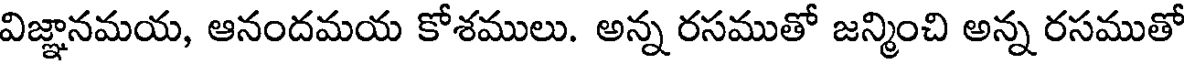
విజ్ఞానమయ, ఆనందమయ కోశములు. అన్న రసముతో జన్మించి అన్న రసముతో